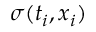
\sigma ( t _ { i } , x _ { i } )